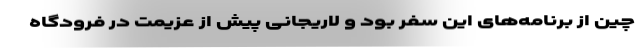
چین از برنامه‌های این سفر بود و لاریجانی پیش از عزیمت در فرودگاه